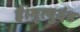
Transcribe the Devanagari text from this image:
है।मृत्युदंड